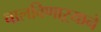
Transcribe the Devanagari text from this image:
चालविणाऱ्याने